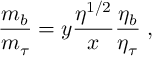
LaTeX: { \frac { m _ { b } } { m _ { \tau } } } = y { \frac { \eta ^ { 1 / 2 } } { x } } { \frac { \eta _ { b } } { \eta _ { \tau } } } \; ,